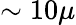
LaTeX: \sim 10\mu